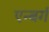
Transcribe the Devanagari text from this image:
एन्बर्ग